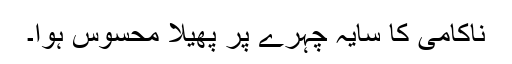
ناکامی کا سایہ چہرے پر پھیلا محسوس ہوا۔